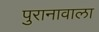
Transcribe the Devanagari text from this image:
पुरानावाला